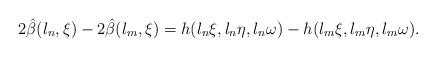
LaTeX: \begin{align*} 2\hat\beta(l_n,\xi)-2\hat\beta(l_m,\xi)=h(l_n \xi,l_n \eta, l_n \omega)-h(l_m \xi,l_m \eta, l_m \omega).\end{align*}